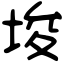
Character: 埈